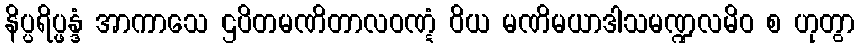
နိပ္ပရိပ္ဖန္ဒံ အာကာသေ ဌပိတမဏိတာလဝဏ္ဋံ ဝိယ မဏိမယာဒါသမဏ္ဍလမိဝ စ ဟုတွာ